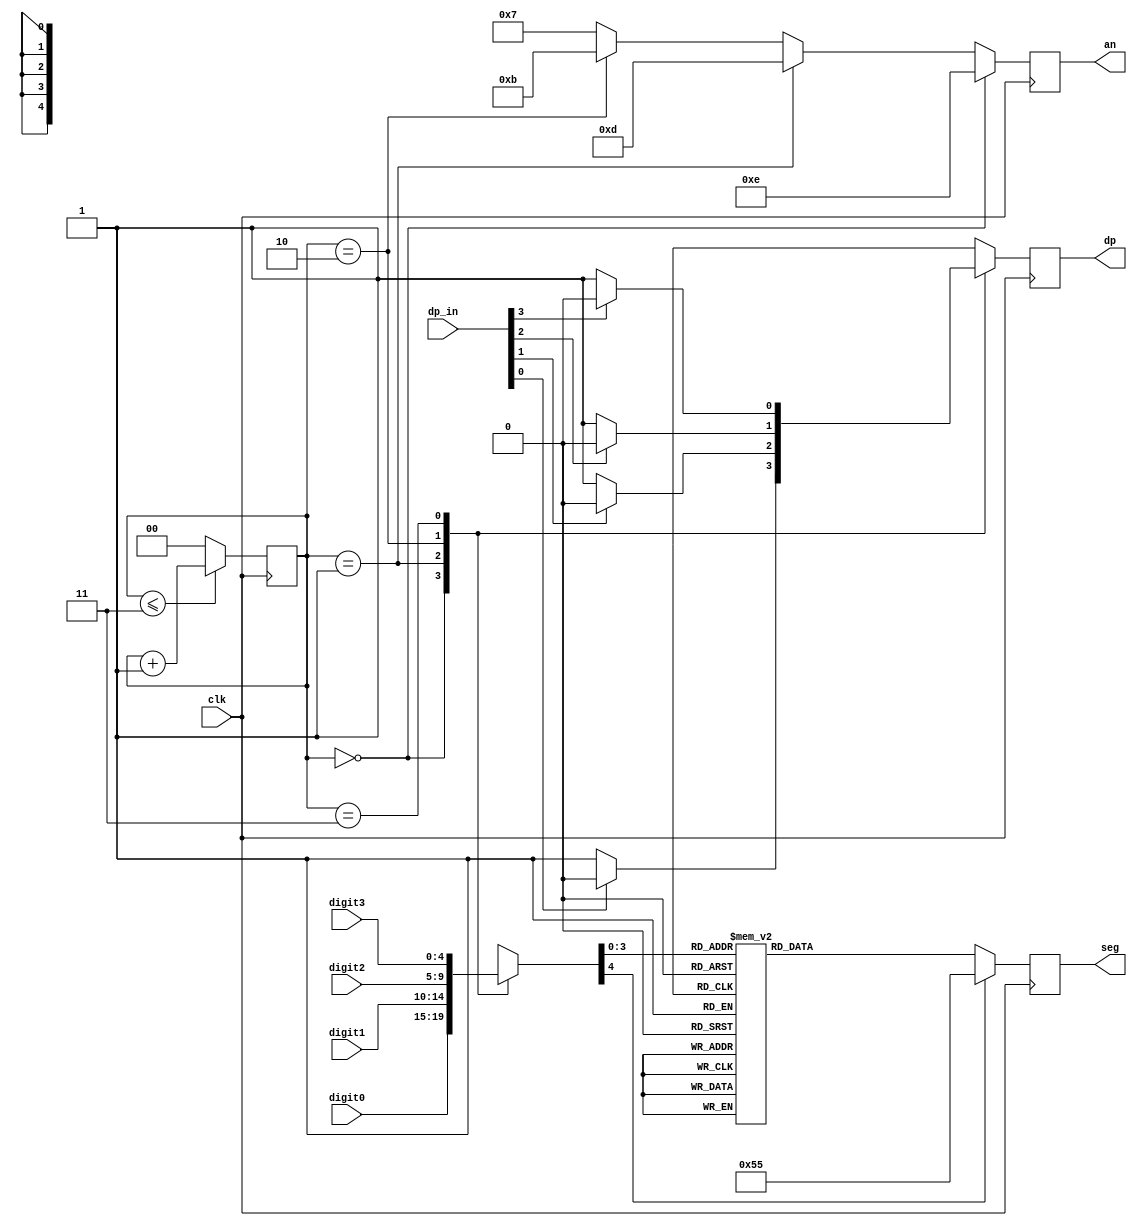
`timescale 1ns / 1ps
//////////////////////////////////////////////////////////////////////////////////
// Company: 
// Engineer: 
// 
// Design Name: 
// Module Name: seg_driver
// Project Name: 
// Target Devices: 
// Tool Versions: 
// Description: 
// 
// Dependencies: 
// 
// Revision:
// Revision 0.01 - File Created
// Additional Comments:
// 
//////////////////////////////////////////////////////////////////////////////////


 module seg_driver(
    input [4:0] digit0,
    input [4:0] digit1,
    input [4:0] digit2,
    input [4:0] digit3,
    input clk,
    input [3:0] dp_in,
    output reg [6:0] seg = 7'b0000000,
    output reg [3:0] an = 4'b0000,
    output reg dp = 0
    );
    reg [1:0] curr_anode;
    reg [4:0] curr_digit;
    
    always @ (posedge clk) begin
        an = (curr_anode == 2'd0) ? 4'b1110 :
             (curr_anode == 2'd1) ? 4'b1101 :
             (curr_anode == 2'd2) ? 4'b1011 :
                                    4'b0111;
        case (curr_anode)
        2'd0: begin 
        curr_digit = digit0; 
        if (dp_in[0] == 1)
            dp <= ~1;
        else
            dp <= ~0;
        end
        
        2'd1: begin 
        curr_digit = digit1; 
        if (dp_in[1] == 1)
            dp <= ~1;
        else
            dp <= ~0;
        end
        
        2'd2: begin 
        curr_digit = digit2; 
        if (dp_in[2] == 1)
            dp <= ~1;
        else
            dp <= ~0;
        end
        
        2'd3: begin 
        curr_digit = digit3; 
        if (dp_in[3] == 1)
            dp <= ~1;
        else
            dp <= ~0;
        end
        
        endcase
        
        case(curr_digit)
            5'd0:  seg <= 7'b1000000;
            5'd1:  seg <= 7'b1111001;
            5'd2:  seg <= 7'b0100100;
            5'd3:  seg <= 7'b0110000;
            5'd4:  seg <= 7'b0011001;
            5'd5:  seg <= 7'b0010010;
            5'd6:  seg <= 7'b0000010;
            5'd7:  seg <= 7'b1111000;
            5'd8:  seg <= 7'b0000000;
            5'd9:  seg <= 7'b0011000;
            5'd10: seg <= 7'b1111111;
            default: seg <= 7'b1010101;
        endcase
        
        curr_anode <= (curr_anode <= 3) ? curr_anode + 1 : 0;   
    end
endmodule